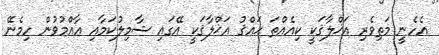
އެހެނީ މަތިވެރި އަޚްލާޤަކީ ކިއެއްތަ ޙައްޤު އަޚްލާޤަކީ އޭގައި ޝާމިލުކަމާއި ޢާއްމުވުން ހިމެނޭ